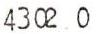
4302 0